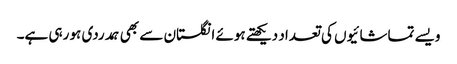
ویسے تماشائیوں کی تعداد دیکھتے ہوئے انگلستان سے بھی ہمدردی ہو رہی ہے۔